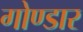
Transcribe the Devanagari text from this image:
गोण्डार